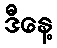
ဒီနေ့